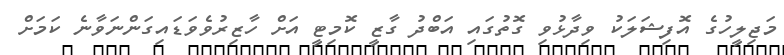
މަޖިލީހުގެ އޮފިޝަލަކު ވިދާޅުވި ގޮތުގައި އަބްދު ގާޒީ ކޮމިޓީ އަށް ހާޒިރުވެވަޑައިގަންނަވާނެ ކަމަށް